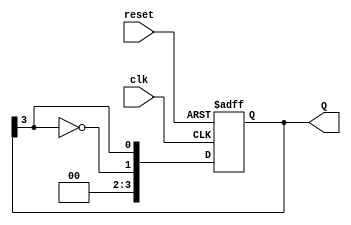
module johnson_counter #(
    parameter N = 4 // Number of flip-flops (must be even)
) (
    input wire clk,         // Clock input
    input wire reset,       // Asynchronous reset input
    output reg [N-1:0] Q    // Counter output
);

    // Always block triggered on the rising edge of the clock or reset
    always @(posedge clk or posedge reset) begin
        if (reset) begin
            Q <= 0; // Reset all flip-flops to 0
        end else begin
            Q <= {~Q[N-1], Q[N-1:N-1]}; // Shift and feedback the inverted last flip-flop
        end
    end

endmodule